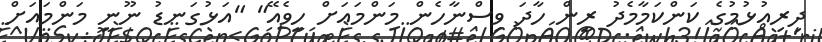
ދިރިއުޅުމުގެ ކަންކަމާމެދު ރީން ހާދަ ވިސްނާހެން މަންމައަށް ހީވެއޭ" "އަޅުގަނޑު ނޫނީ މަންމައަށް